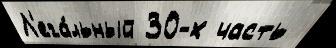
Л'ега́льный 30-х часть